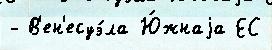
- В'ен'есуэ́ла Ю́жнаjа ЕС